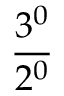
\frac { 3 ^ { 0 } } { 2 ^ { 0 } }